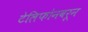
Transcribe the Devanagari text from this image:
टेलिफोनवरून